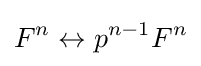
F^{n}\leftrightarrow p^{n-1}F^{n}